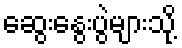
ဆွေးနွေးပွဲများသို့